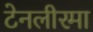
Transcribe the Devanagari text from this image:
टेनलीरमा